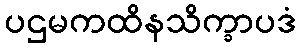
ပဌမကထိနသိက္ခာပဒံ